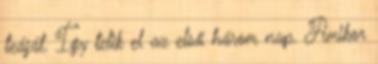
teáját. Így telik el az első három nap. Amikor